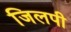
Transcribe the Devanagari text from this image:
जिलपी